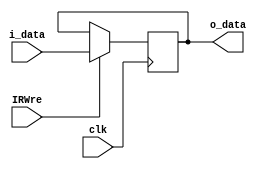
// 
// @param i_data 
// @param clk 
// @param IRWre IR
// @param o_data 
module IR(i_data, clk, IRWre, o_data);
  input clk, IRWre;
  input [31:0] i_data;
  output reg[31:0] o_data;
  always @(negedge clk) begin // 
    if (IRWre) begin
        o_data = i_data;
     end
  end
endmodule